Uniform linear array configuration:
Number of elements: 16
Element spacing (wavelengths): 0.75
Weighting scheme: exponential
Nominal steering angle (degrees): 60
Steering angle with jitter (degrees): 61.146
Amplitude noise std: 0.05
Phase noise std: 0.05

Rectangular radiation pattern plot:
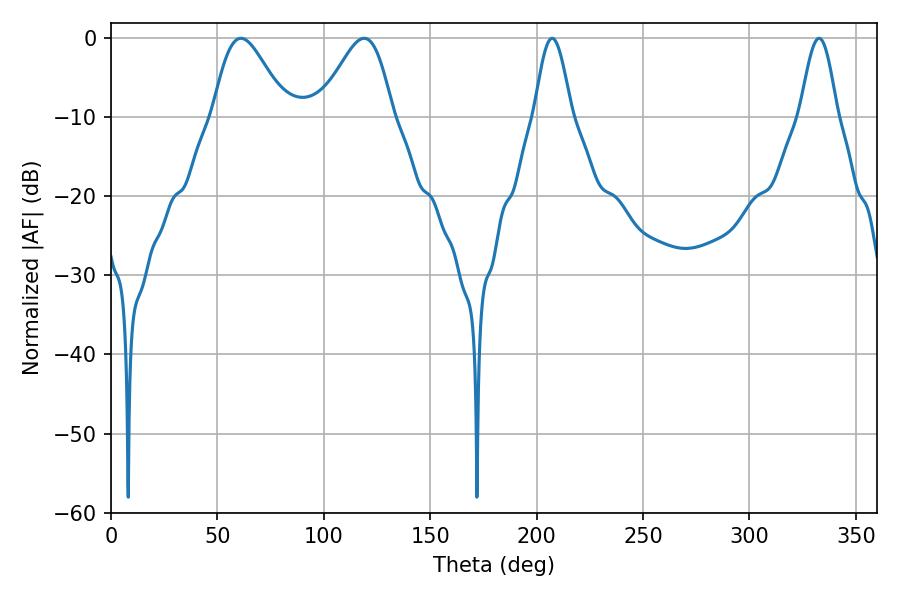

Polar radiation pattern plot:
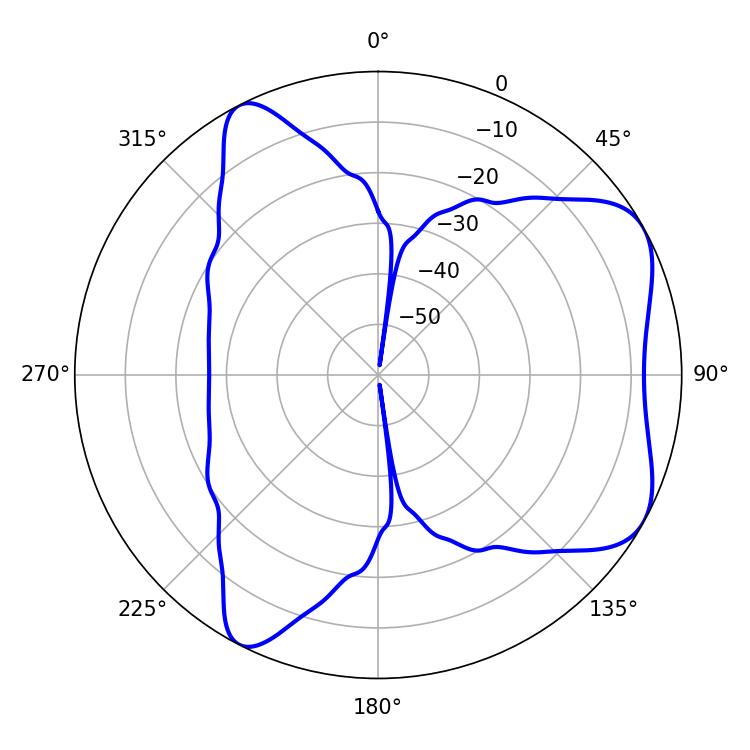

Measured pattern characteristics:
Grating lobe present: TRUE
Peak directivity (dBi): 6.085
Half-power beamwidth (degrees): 18
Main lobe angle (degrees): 61.02